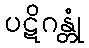
ပဋိဂန္တုံ